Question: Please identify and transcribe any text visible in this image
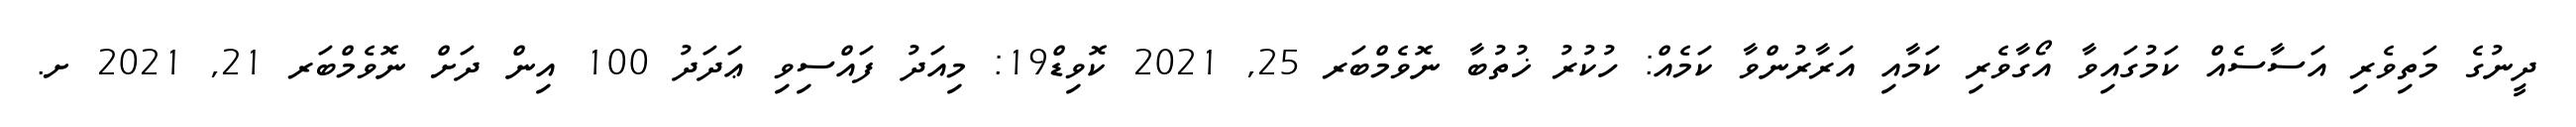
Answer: ދީނުގެ މަތިވެރި އަސާސެއް ކަމުގައިވާ އޯގާވެރި ކަމާއި އަރާރުންވާ ކަމެއް: ހުކުރު ޚުތުބާ ނޮވެމްބަރ 25, 2021 ކޮވިޑް19: މިއަދު ފައްސިވި ޢަދަދު 100 އިން ދަށް ނޮވެމްބަރ 21, 2021 ށ.